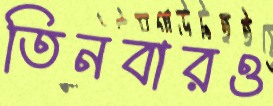
তিনবারও